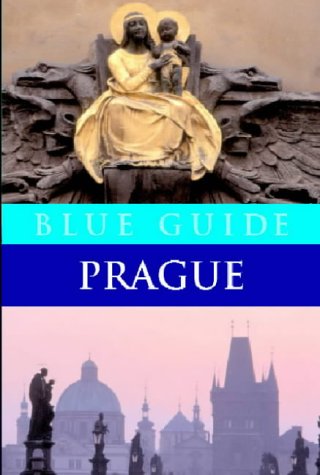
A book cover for Blue Guides: Prague; Jasper Tilbury; Travel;